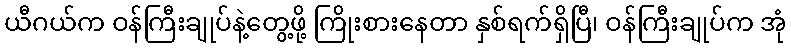
ယီဂယ်က ဝန်ကြီးချုပ်နဲ့တွေ့ဖို့ ကြိုးစားနေတာ နှစ်ရက်ရှိပြီ၊ ဝန်ကြီးချုပ်က အုံ